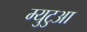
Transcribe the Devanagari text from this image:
म्युटुआ